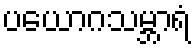
ပယောဂသမ္ဘာရံ